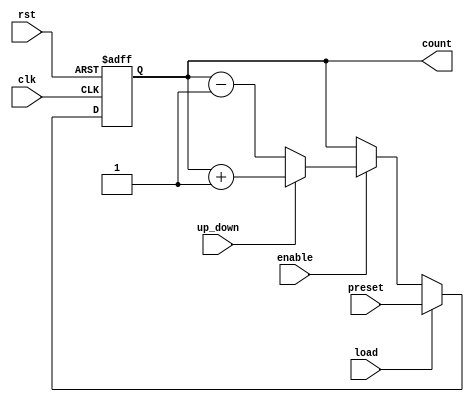
module synchronous_load_counter (
    input wire clk,               // Clock signal
    input wire rst,               // Reset signal (active high)
    input wire load,              // Load signal (active high)
    input wire [7:0] preset,      // Preset value (8-bit)
    input wire enable,            // Count enable signal
    input wire up_down,           // Count direction: 1 for up, 0 for down
    output reg [7:0] count        // Counter value (8-bit)
);

// Reset value
parameter RESET_VALUE = 8'b00000000;

always @(posedge clk or posedge rst) begin
    if (rst) begin
        // Reset the counter to the predefined value
        count <= RESET_VALUE;
    end else if (load) begin
        // Load the preset value into the counter
        count <= preset;
    end else if (enable) begin
        // Increment or decrement the counter based on the up_down signal
        if (up_down) begin
            // Count up
            count <= count + 1;
        end else begin
            // Count down
            count <= count - 1;
        end
    end
end

endmodule